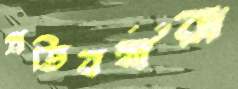
প্রতিবন্ধীরা